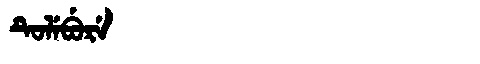
Manchu: ᡨᡠᠯᡝᠪᡠᡵᡝ
Romanization: TULEBURE